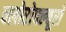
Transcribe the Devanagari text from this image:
क्लोरोफ्ल्यूरो